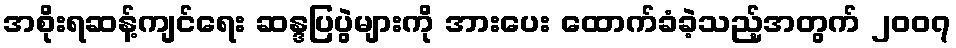
အစိုးရဆန့်ကျင်ရေး ဆန္ဒပြပွဲများကို အားပေး ထောက်ခံခဲ့သည့်အတွက် ၂၀၀၇